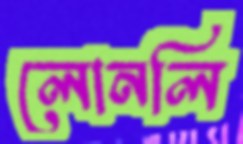
লোনলি